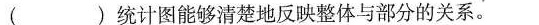
()统计图能够清楚地反映整体与部分的关系。